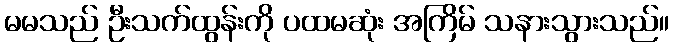
မမသည် ဦးသက်ထွန်းကို ပထမဆုံး အကြိမ် သနားသွားသည်။